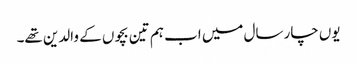
یوں چار سال میں اب ہم تین بچوں کے والدین تھے۔